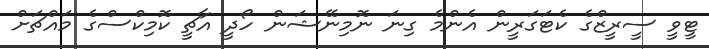
ޓީވީ ސީރީޒްގެ ކެޓަގަރީން އެންމެ ގިނަ ނޮމިނޭޝަން ހޯދީ އާޗީ ކޮމިކްސްގެ މައްޗަށް